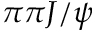
\pi \pi J / \psi